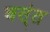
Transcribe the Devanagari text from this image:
बस्ंत